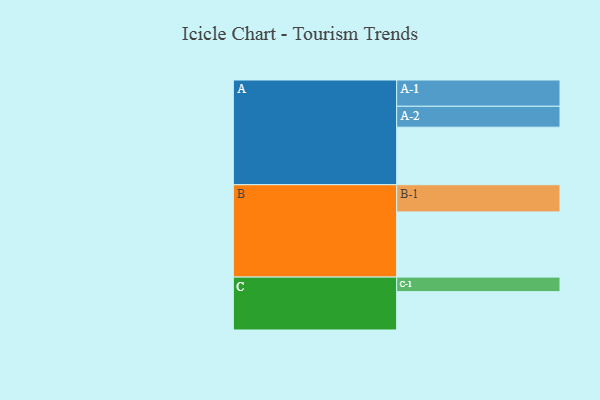
{"axis": {"x": "Segment", "y": "Value"}, "legend": ["", "A", "B", "C"], "data": [{"x": "A", "y": 495, "type": ""}, {"x": "B", "y": 561, "type": ""}, {"x": "C", "y": 330, "type": ""}, {"x": "A-1", "y": 226, "type": "A"}, {"x": "A-2", "y": 180, "type": "A"}, {"x": "B-1", "y": 234, "type": "B"}, {"x": "C-1", "y": 125, "type": "C"}]}